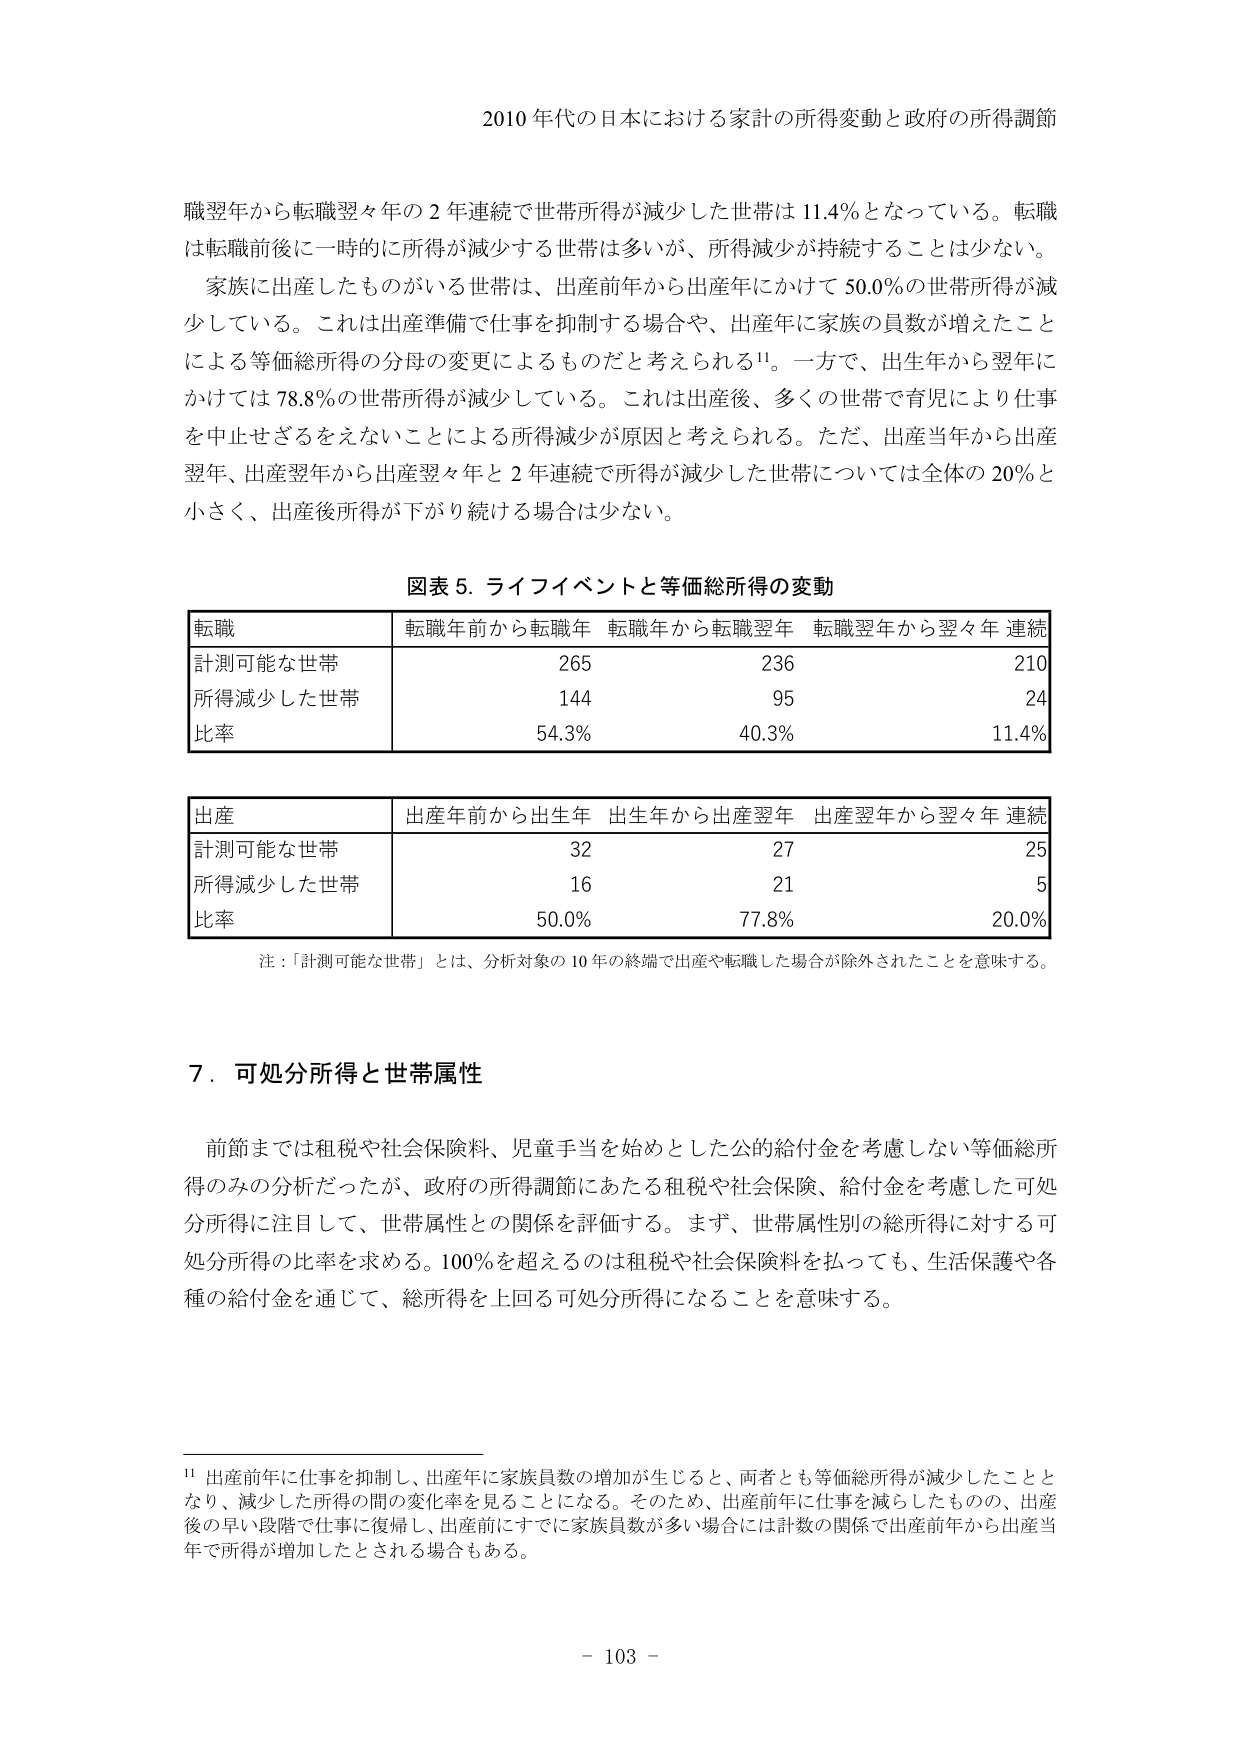
2010 年代の日本における家計の所得変動と政府の所得調節

職翌年から転職翌々年の 2 年連続で世帯所得が減少した世帯は 11.4%となっている。転職は転職前後に一時的に所得が減少する世帯は多いが、所得減少が持続することは少ない。

家族に出産したものがいる世帯は、出産前年から出産年にかけて 50.0%の世帯所得が減少している。これは出産準備で仕事を抑制する場合や、出産年に家族の員数が増えたことによる等価総所得の分母の変更によるものだと考えられる¹¹。一方で、出生年から翌年にかけては 78.8%の世帯所得が減少している。これは出産後、多くの世帯で育児により仕事を中止せざるをえないことによる所得減少が原因と考えられる。ただ、出産当年から出産翌年、出産翌年から出産翌々年と 2 年連続で所得が減少した世帯については全体の 20%と小さく、出産後所得が下がり続ける場合は少ない。

図表 5. ライフイベントと等価総所得の変動

転職 転職年前から転職年 転職年から転職翌年 転職翌年から翌々年 連続
計測可能な世帯 265 236 210
所得減少した世帯 144 95 24
比率 54.3% 40.3% 11.4%

出産 出産年前から出生年 出生年から出産翌年 出産翌年から翌々年 連続
計測可能な世帯 32 27 25
所得減少した世帯 16 21 5
比率 50.0% 77.8% 20.0%

注：「計測可能な世帯」とは、分析対象の 10 年の終端で出産や転職した場合が除外されたことを意味する。

7．可処分所得と世帯属性

前節までは租税や社会保険料、児童手当を始めとした公的給付金を考慮しない等価総所得のみの分析だったが、政府の所得調節にあたる租税や社会保険、給付金を考慮した可処分所得に注目して、世帯属性性との関係を評価する。まず、世帯属性別の総所得に対する可処分所得の比率を求める。100%を超えるのは租税や社会保険料を払っても、生活保護や各種の給付金を通じて、総所得を上回る可処分所得になることを意味する。

¹¹ 出産前年に仕事を抑制し、出産年に家族員数の増加が生じると、両者とも等価総所得が減少したこととなり、減少した所得の間の変化率を見ることになる。そのため、出産前年に仕事を減らしたもの、出産後の早い段階で仕事に復帰し、出産前にすでに家族員数が多い場合には計数の関係で出産前年から出産当年で所得が増加したとされる場合もある。

- 103 -